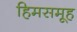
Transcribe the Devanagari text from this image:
हिमसमूह